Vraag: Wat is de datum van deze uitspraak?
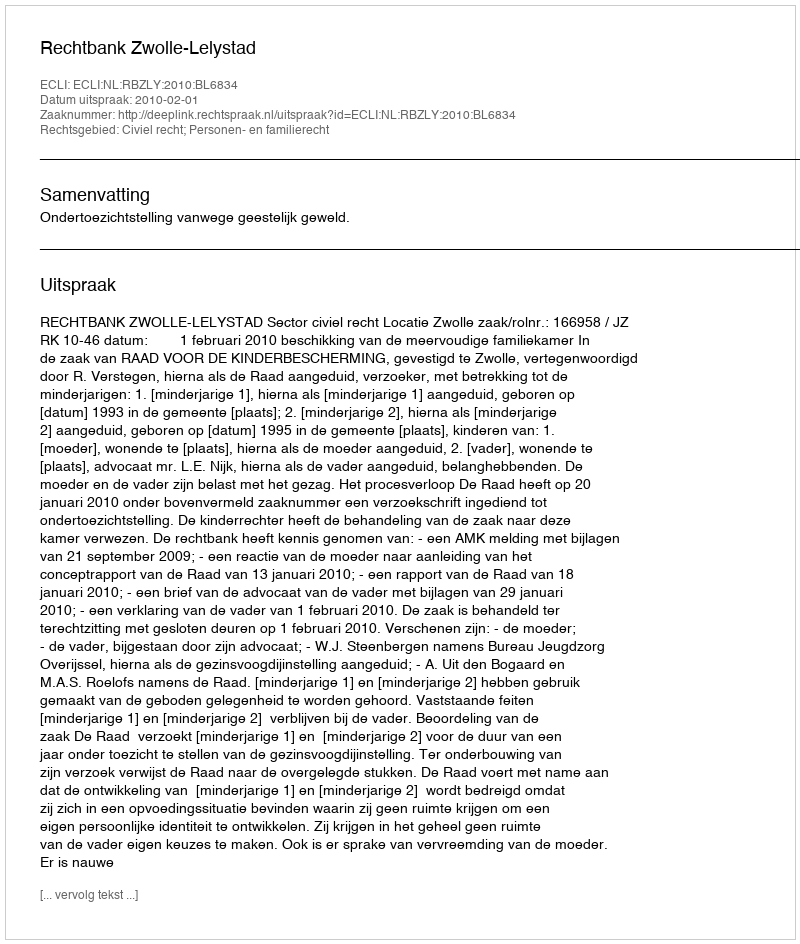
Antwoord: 2010-02-01